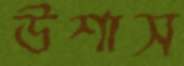
উশাস